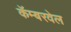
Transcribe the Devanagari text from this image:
कॅम्बरवेल